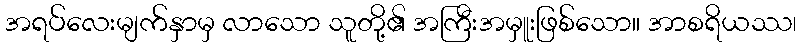
အရပ်လေးမျက်နှာမှ လာသော သူတို့၏ အကြီးအမှူးဖြစ်သော။ အာစရိယဿ၊